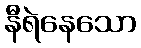
နီရဲနေသော